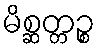
မိစ္ဆတ္တဉ္စ